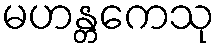
မဟန္တကေသု